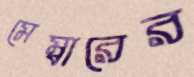
মেম্বারের